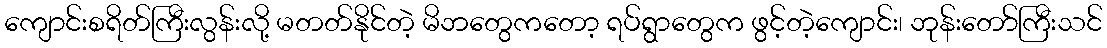
ကျောင်းစရိတ်ကြီးလွန်းလို့ မတတ်နိုင်တဲ့ မိဘတွေကတော့ ရပ်ရွာတွေက ဖွင့်တဲ့ကျောင်း၊ ဘုန်းတော်ကြီးသင်